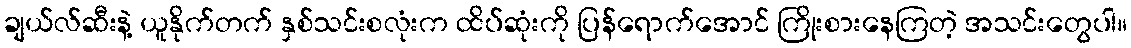
ချယ်လ်ဆီးနဲ့ ယူနိုက်တက် နှစ်သင်းစလုံးက ထိပ်ဆုံးကို ပြန်ရောက်အောင် ကြိုးစားနေကြတဲ့ အသင်းတွေပါ။